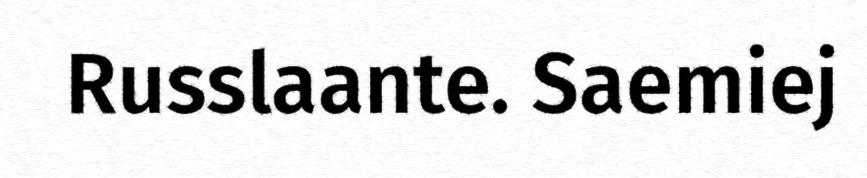
Russlaante. Saemiej